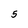
Character: 5